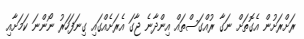
ރަށްރަށުން އެގޮތަށް ނަގާ ރުއްގަސްތައް އިންދާނެ ޖާގަ އެރަށެއްގައި ގިނަފަހަރު ނޯންނަ ކަމަށާއި